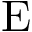
\mathrm { E }